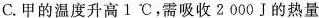
C.甲的温度升高1^{\circ}C，需吸收2000J的热量